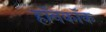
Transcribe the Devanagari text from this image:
हॉनकॉक